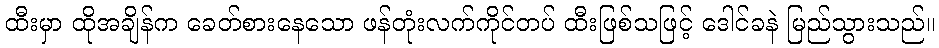
ထီးမှာ ထိုအချိန်က ခေတ်စားနေသော ဖန်တုံးလက်ကိုင်တပ် ထီးဖြစ်သဖြင့် ဒေါင်ခနဲ မြည်သွားသည်။